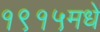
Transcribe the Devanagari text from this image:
१९१५मधे